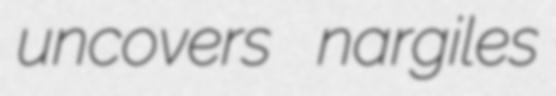
uncovers nargiles